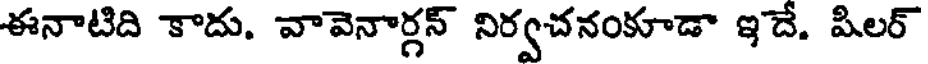
ఈనాటిది కాదు. వావెనార్గన్ నిర్వచనంకూడా ఇదే. పిలర్